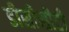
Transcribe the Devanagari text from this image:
डीसीसीटी